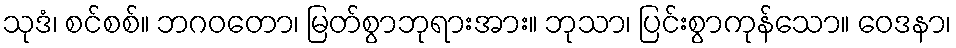
သုဒံ၊ စင်စစ်။ ဘဂဝတော၊ မြတ်စွာဘုရားအား။ ဘုသာ၊ ပြင်းစွာကုန်သော။ ဝေဒနာ၊